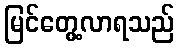
မြင်တွေ့လာရသည်